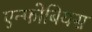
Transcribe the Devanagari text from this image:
एन्फोबियस